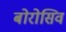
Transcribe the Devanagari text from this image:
बोरोसिव